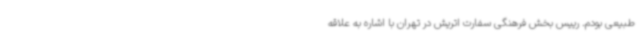
طبیعی بودم. رییس بخش فرهنگی سفارت اتریش در تهران با اشاره به علاقه